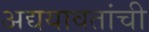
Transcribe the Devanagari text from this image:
अद्ययावतांची